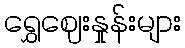
ရွှေဈေးနှုန်းများ